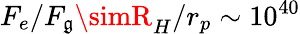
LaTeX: F_{e}/F_{\mathfrak{g}}\simR_{H}/r_{p}\sim10^{40}